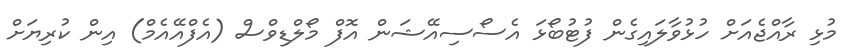
މުޅި ރާއްޖެއަށް ހުޅުވާލައިގެން ފުޓުބޯޅަ އެސޯސިއޭޝަން އޮފް މޯލްޑިވްސް (އެފްއޭއެމް) އިން ކުރިޔަށް